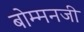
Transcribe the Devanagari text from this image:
बोम्मनजी